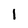
Character: 1